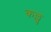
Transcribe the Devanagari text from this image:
कल्लु